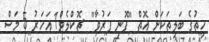
ހިތުގެ ބަލިތަކަށް އޮތް "ފޮނި ފަރުވާ"  ޗޮކްލެޓް1 އަހަރު 5 މަސް